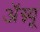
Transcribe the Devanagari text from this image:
अॅग्न्यू